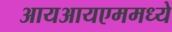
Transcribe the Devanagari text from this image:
आयआयएममध्ये